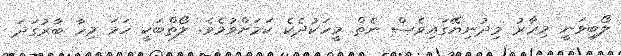
ލޯބިވަނީ މިހާރު މިދުނިޔޭގައިވެސް ނެތް މީހަކުދެކެ ކަމަށްވުމެވެ. ލޯތްބަކީ ހަމަ މިހާ ބާރުގަދަ